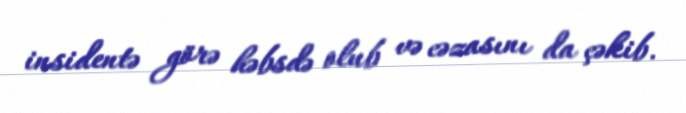
insidentə görə həbsdə olub və cəzasını da çəkib.